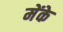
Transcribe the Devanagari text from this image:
मेंके